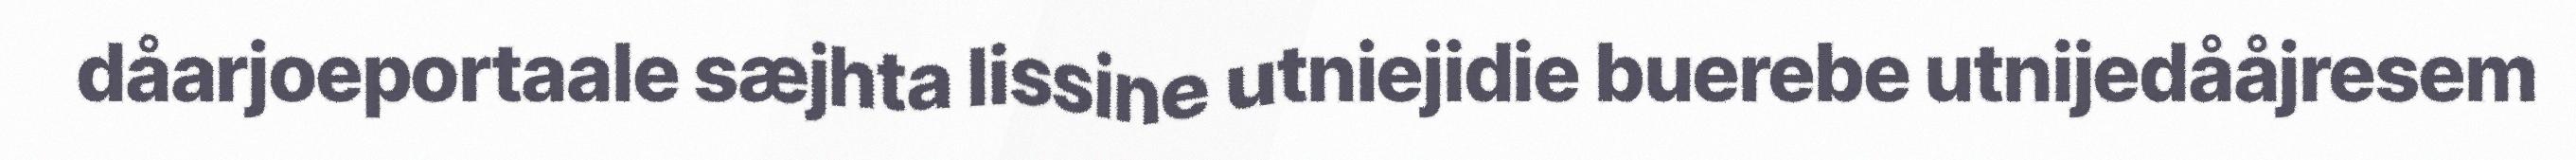
dåarjoeportaale sæjhta lissine utniejidie buerebe utnijedååjresem